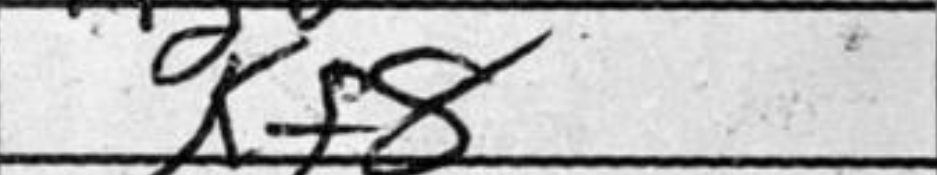
Transcription: Kf8